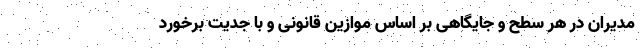
مدیران در هر سطح و جایگاهی بر اساس موازین قانونی و با جدیت برخورد